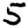
Digit: 5